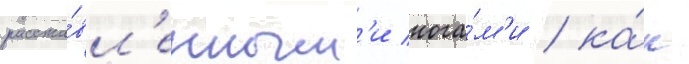
расста́вл'енным'и нога́м'и / ка́к